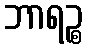
ဘာရဉ္စ